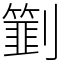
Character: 㔐